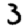
Digit: 3